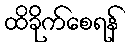
ထိခိုက်စေရန်